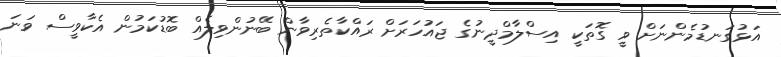
އަޅުގަނޑުމެންނަށް ވީ ގޮތަކީ އިސްލާމްދީނުގެ ޖައުހަރަށް ރައްކާތެރިވާން ބޭނުންވިލެއް ބޮޑުކަމުން އެކާވީސް ވަނަ